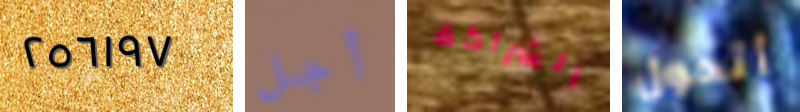
٢٥٦١٩٧ أجل الشراكة أتحول